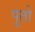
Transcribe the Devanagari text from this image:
पुतो